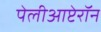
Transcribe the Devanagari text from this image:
पेलीआप्टेरॉन